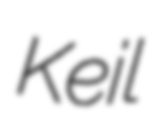
Keil